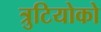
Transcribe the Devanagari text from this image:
त्रुटियोको